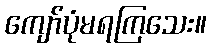
ကျော်ပုံမရကြသေး။